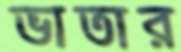
ভাতার